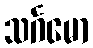
သင်္ဂမော